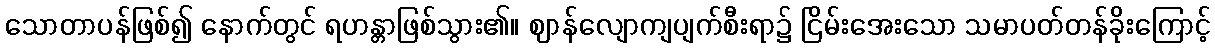
သောတာပန်ဖြစ်၍ နောက်တွင် ရဟန္တာဖြစ်သွား၏။ ဈာန်လျောကျပျက်စီးရာ၌ ငြိမ်းအေးသော သမာပတ်တန်ခိုးကြောင့်